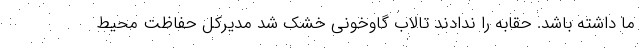
ما داشته باشد. حقابه را ندادند تالاب گاوخونی خشک شد مدیرکل حفاظت محیط